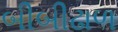
બીબીઢાળ